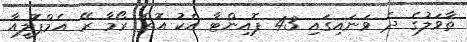
ތާވަލުގެ ދެ ވަނައިގައި 43 ޕޮއިންޓާ އެކު އޮތް ރޯމާ ރޭ އެމްޕޮލީއާ